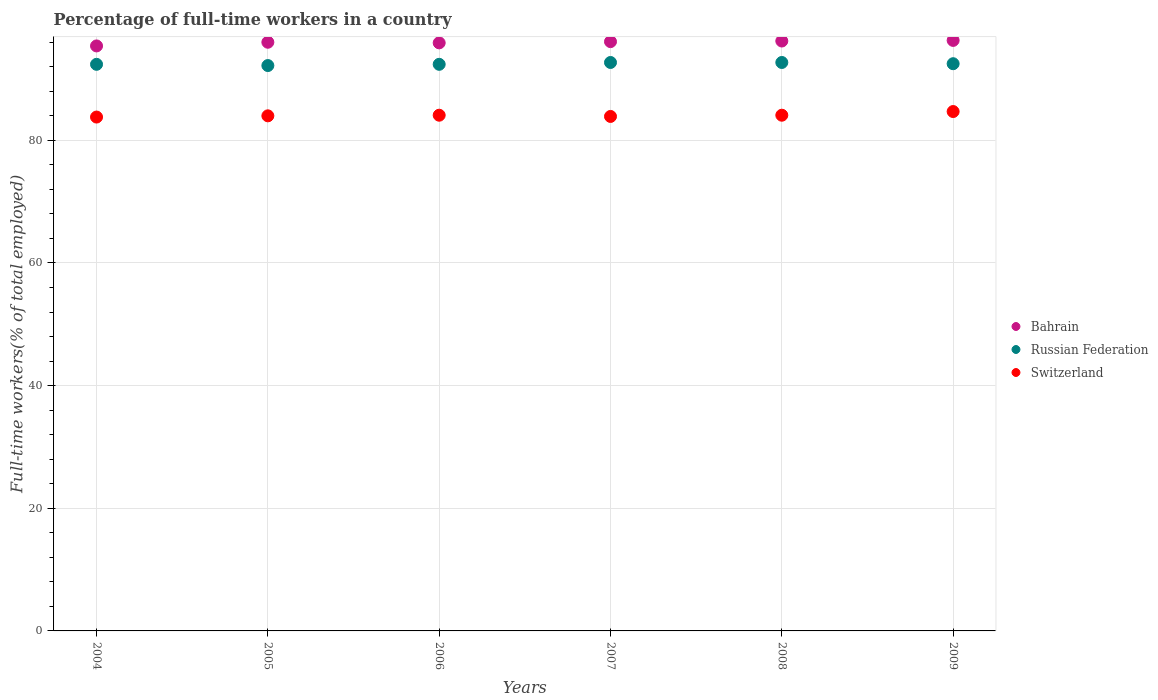
| Years | Bahrain | Russian Federation | Switzerland |
 | --- | --- | --- | --- |
 | 2004 | 95.4 | 92.4 | 83.8 |
 | 2005 | 96 | 92.2 | 84 |
 | 2006 | 95.9 | 92.4 | 84.1 |
 | 2007 | 96.1 | 92.7 | 83.9 |
 | 2008 | 96.2 | 92.7 | 84.1 |
 | 2009 | 96.3 | 92.5 | 84.7 |